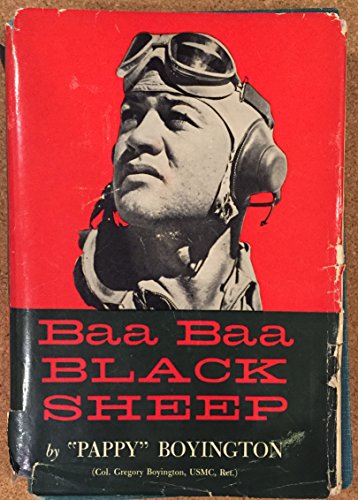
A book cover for Baa Baa Black Sheep; Gregory "Pappy" Boyington; Biographies & Memoirs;